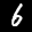
Label: 6